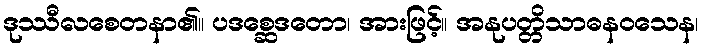
ဒုဿီလစေတနာ၏။ ပဒစ္ဆေဒတော၊ အားဖြင့်။ အနုပတ္တိသာဓနဝသေန၊